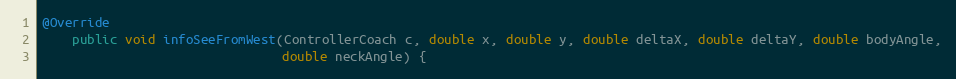
Language: Java
@Override
    public void infoSeeFromWest(ControllerCoach c, double x, double y, double deltaX, double deltaY, double bodyAngle,
                                double neckAngle) {